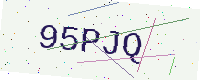
Text: 95PJQ